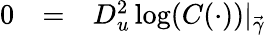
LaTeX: \begin{array}{rcl}{0}&{=}&{D_{u}^{2}\log(C(\cdot))\vert_{\vec{\gamma}}}\end{array}